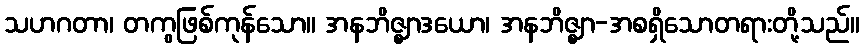
သဟဂတာ၊ တကွဖြစ်ကုန်သော။ အနဘိဇ္ဈာဒယော၊ အနဘိဇ္ဈာ-အစရှိသောတရားတို့သည်။